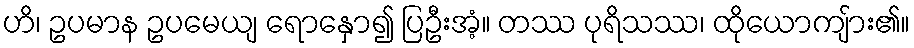
ဟိ၊ ဥပမာန ဥပမေယျ ရောနှော၍ ပြဦးအံ့။ တဿ ပုရိသဿ၊ ထိုယောကျ်ား၏။